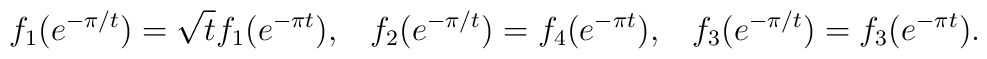
f_1(e^{-\pi/t}) = \sqrt{t} f_1(e^{-\pi t}),\;\;\;f_2(e^{-\pi/t}) = f_4(e^{-\pi t}),\;\;\;f_3(e^{-\pi/t}) = f_3(e^{-\pi t}).